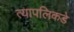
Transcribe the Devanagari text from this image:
त्यापलिकडे